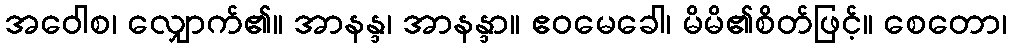
အဝေါစ၊ လျှောက်၏။ အာနန္ဒ၊ အာနန္ဒာ။ ဧဝမေခေါ၊ မိမိ၏စိတ်ဖြင့်။ စေတော၊